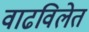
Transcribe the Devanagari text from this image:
वाढविलेत